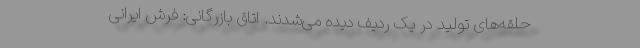
حلقه‌های تولید در یک ردیف دیده می‌شدند. اتاق بازرگانی: فرش ایرانی